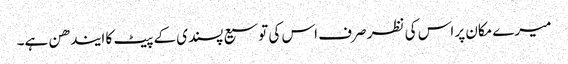
میرے مکان پر اس کی نظر صرف اس کی توسیع پسندی کے پیٹ کا ایندھن ہے۔